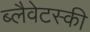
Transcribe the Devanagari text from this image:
ब्लैवेटस्की